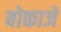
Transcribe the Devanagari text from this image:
बोकाजे